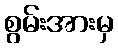
စွမ်းအားမှ